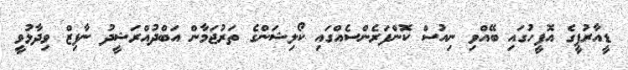
ޑީއާރުޕީގެ އޮފީހުގައި ބޭއްވި ނިއުސް ކޮންފަރެންސެއްގައި ކޯލިޝަންގެ ތަރުޖަމާން އަބްދުއްރަޝީދު ނާފިޒް ވިދާޅުވީ